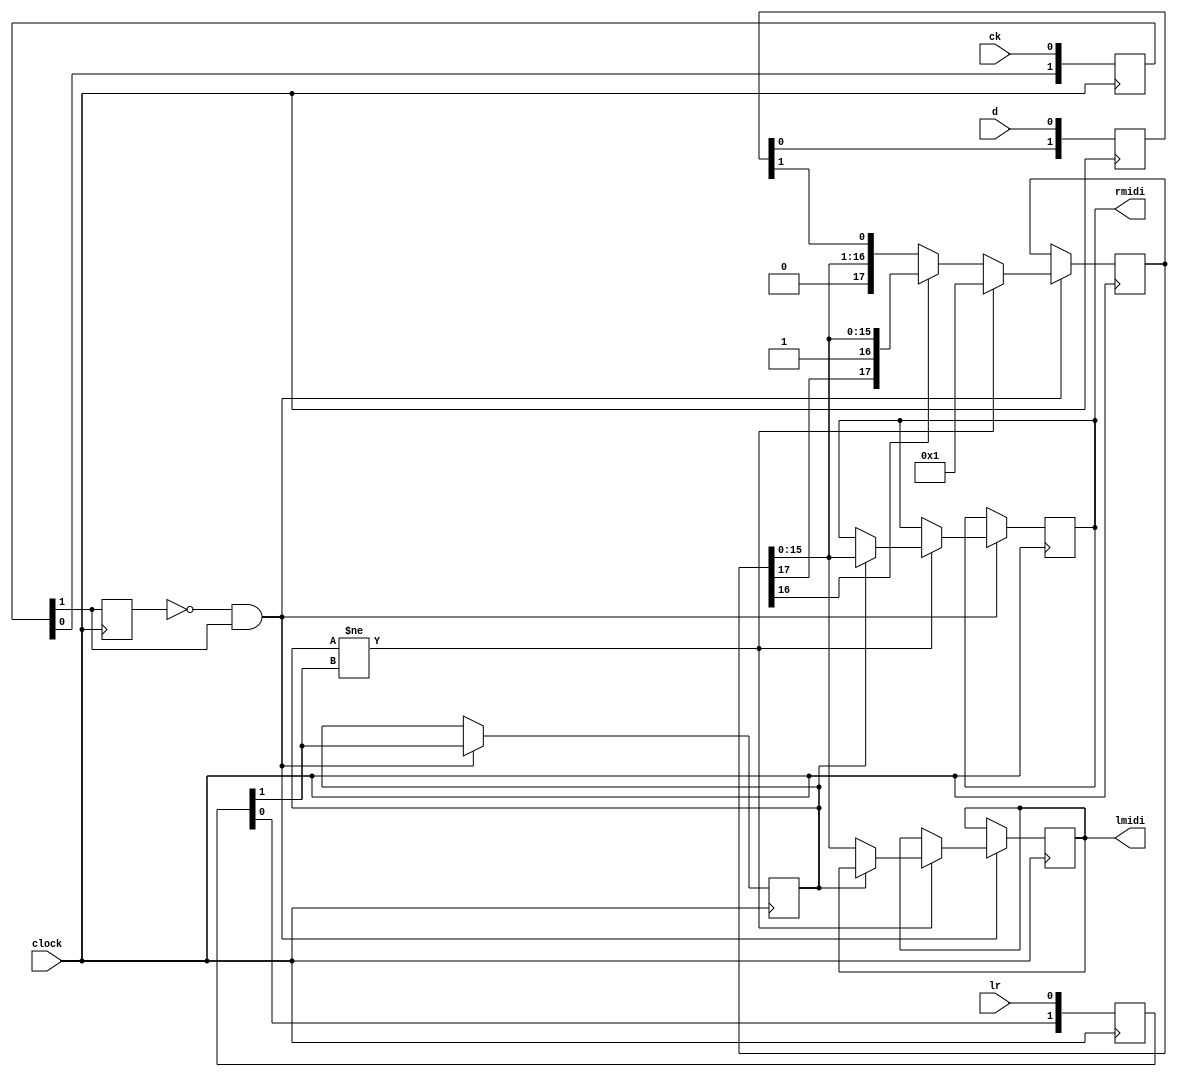
module i2s_decoder
(
	input wire clock,
	input wire ck,
	input wire lr,
	input wire d,
	output reg [15:0] lmidi,
	output reg [15:0] rmidi
);

reg[ 1:0] sck_synch = 2'b00, ws_synch = 2'b00, sd_synch = 2'b00;
reg[17:0] sreg = 17'b0_0000_0000_0000_0001;

reg scks_prev = 1'b0, wss_prev = 1'b0;
wire scks = sck_synch[1], wss = ws_synch[1], sds = sd_synch[1];

always @(posedge clock)
begin
	sck_synch[1] <= sck_synch[0];
	sck_synch[0] <= ck;
	ws_synch[1] <= ws_synch[0];
	ws_synch[0] <= lr;
	sd_synch[1] <= sd_synch[0];
	sd_synch[0] <= d;

	scks_prev <= scks;
	if (scks_prev == 1'b0 && scks == 1'b1) begin  // flanco positivo de SCK
		wss_prev <= wss;

		if (wss_prev != wss) begin // ha ocurrido flanco en WS ?
			if (wss_prev == 1'b0) lmidi <= sreg[15:0]; else rmidi <= sreg[15:0];
			sreg <= 17'b0_0000_0000_0000_0001;
		end
		else begin
			if (sreg[16] == 1'b0) begin
				sreg <= {sreg[15:0], sds};
			end
		end
	end
end

endmodule